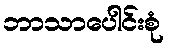
ဘာသာပေါင်းစုံ